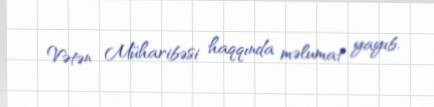
Vətən Müharibəsi haqqında məlumat yayıb.